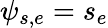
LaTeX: \psi_{s,e}=s_{e}